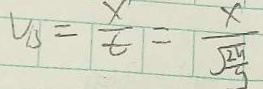
V _ { B } = \frac { x } { t } = \frac { x } { \sqrt { \frac { 2 n } { g } } }